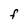
Character: F